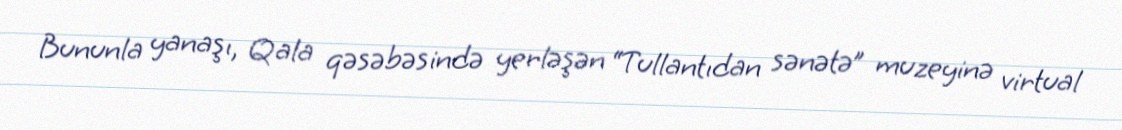
Bununla yanaşı, Qala qəsəbəsində yerləşən “Tullantıdan sənətə” muzeyinə virtual